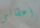
أعطانى